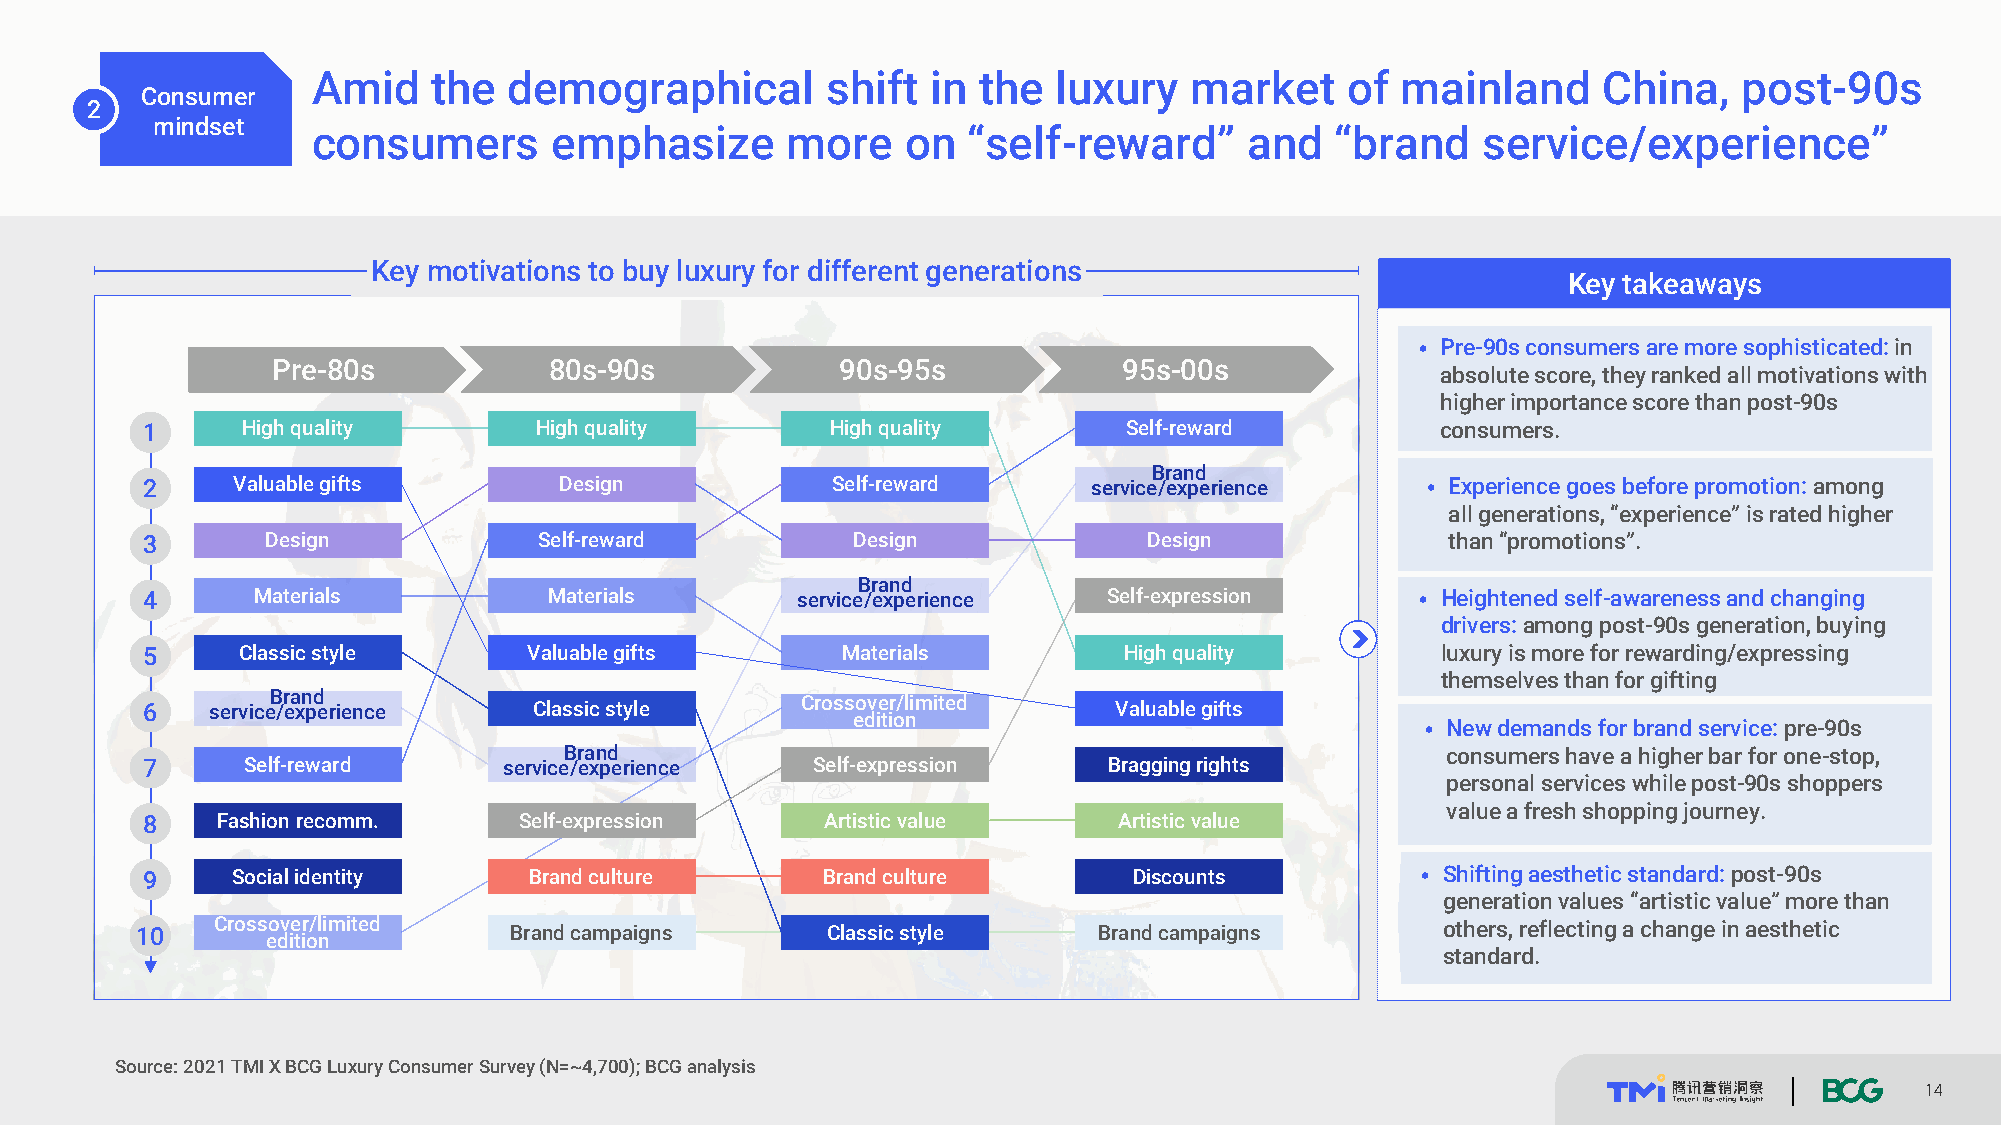
Amid    the  demographical        shift  in the  luxury   market    of  mainland     China,   post-90s
 Consumer
 2
 mindset
 consumers       emphasize      more    on  “self-reward”      and  “brand    service/experience”
 Key motivations to buy luxury for different generations
 Key takeaways
 • Pre-90s consumers are more sophisticated: in
 Pre-80s           80s-90s             90s-95s           95s-00s
 absolute score, they ranked all motivations with
 higher importance score than post-90s
 1      High quality       High quality        High quality       Self-reward          consumers.
 Brand
 2     Valuable gifts        Design            Self-reward      service/experience    • Experience goes before promotion: among
 all generations, “experience” is rated higher
 3        Design            Self-reward         Design              Design              than “promotions”.
 Brand
 4       Materials          Materials        service/experience  Self-expression      • Heightened self-awareness and changing
 drivers: among post-90s generation, buying
 5      Classic style      Valuable gifts       Materials         High quality         luxury is more for rewarding/expressing
 themselves than for gifting
 6    serviceB /r ea xn pd e rience Classic style Crossover/limited Valuable gifts
 edition
 • New demands for brand service: pre-90s
 Brand                                                      consumers have a higher bar for one-stop,
 7      Self-reward      service/experience   Self-expression    Bragging rights
 personal services while post-90s shoppers
 value a fresh shopping journey.
 8    Fashion recomm.     Self-expression      Artistic value     Artistic value
 9     Social identity     Brand culture      Brand culture        Discounts          • Shifting aesthetic standard: post-90s
 generation values “artistic value” more than
 10   Crossover/limited   Brand campaigns      Classic style     Brand campaigns       others, reflecting a change in aesthetic
 edition
 standard.
 Source: 2021 TMIX BCG Luxury Consumer Survey (N=~4,700); BCG analysis
 14